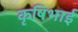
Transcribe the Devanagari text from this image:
कृषिभाई